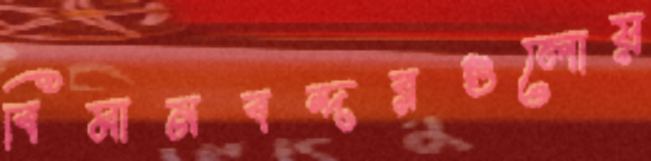
বিমানবন্দরগুলোয়